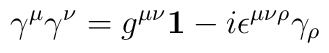
\gamma^\mu \gamma^\nu = g^{\mu\nu}{\bf 1}-i\epsilon^{\mu\nu\rho}\gamma_\rho